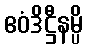
ဧဝံဒိဋ္ဌီနမ္ပိ